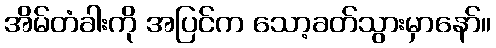
အိမ်တံခါးကို အပြင်က သော့ခတ်သွားမှာနော်။